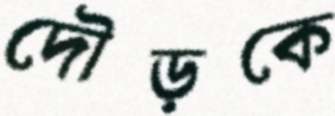
দৌড়কে